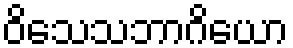
ဝိသေသဘာဂိယော